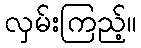
လှမ်းကြည့်။